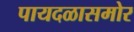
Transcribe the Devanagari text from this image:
पायदळासमोर